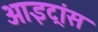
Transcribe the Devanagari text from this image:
आइट्रांस